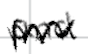
Text: and
Cross-out: zig-zag
Writing tool: digital_black